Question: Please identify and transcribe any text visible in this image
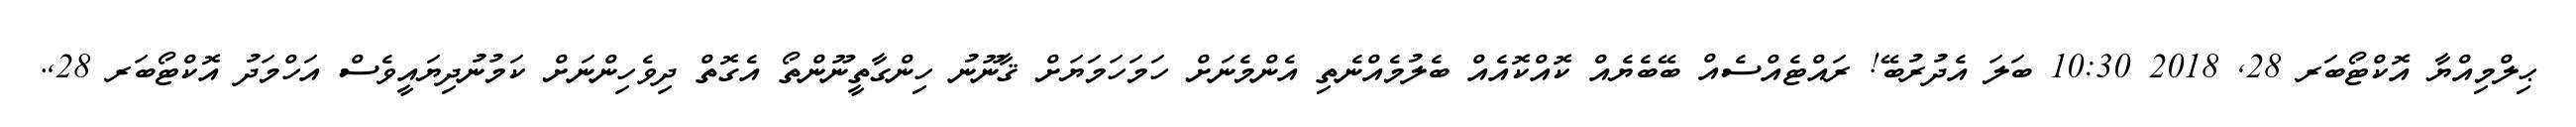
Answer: ޙިލްމިއްޔާ އޮކްޓޯބަރ 28, 2018 10:30 ބަލަ އެދުރުބޭ! ރައްޓެއްސެއް ބޭބެޔެއް ކޮއްކޮއެއް ބެލުމެއްނެތި އެންމެނަށް ހަމަހަމަޔަށް ޤާނޫނު ހިންގާތީނޫންތޯ އެގޮތް ދިވެހިންނަށް ކަމުނުދިޔައީވެސް އަހްމަދު އޮކްޓޯބަރ 28,.